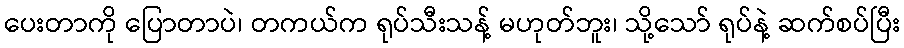
ပေးတာကို ပြောတာပဲ၊ တကယ်က ရုပ်သီးသန့် မဟုတ်ဘူး၊ သို့သော် ရုပ်နဲ့ ဆက်စပ်ပြီး